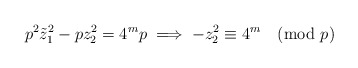
\begin{align*} p^{2} \Tilde{z}_{1}^{2} - pz_{2}^{2} = 4^{m}p \implies -z_{2}^{2} \equiv 4^{m} \pmod p\end{align*}